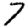
Digit: 7